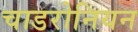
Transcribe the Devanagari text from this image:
चाडरोनियन